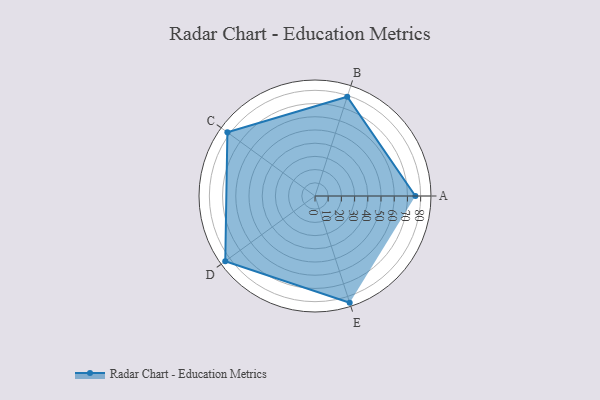
{"axis": {"x": "Skill", "y": "Score"}, "legend": ["Profile"], "data": [{"x": "A", "y": 76.0, "type": "Profile"}, {"x": "B", "y": 79.0, "type": "Profile"}, {"x": "C", "y": 82.0, "type": "Profile"}, {"x": "D", "y": 84.0, "type": "Profile"}, {"x": "E", "y": 85.0, "type": "Profile"}]}